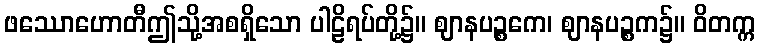
ဖဿောဟောတီဤသို့အစရှိသော ပါဠိရပ်တို့၌။ ဈာနပဉ္စကေ၊ ဈာနပဉ္စက၌။ ဝိတက္က